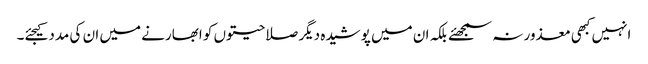
انہیں کبھی معذور نہ سمجھئے بلکہ ان میں پوشیدہ دیگر صلاحیتوں کو ابھارنے میں ان کی مدد کیجئے۔